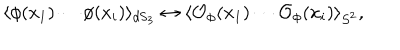
\langle \phi ( x _ { 1 } ) \cdots \phi ( x _ { i } ) \rangle _ { \mathrm { d S } _ { 3 } } \leftrightarrow \langle { \cal { O } } _ { \phi } ( x _ { 1 } ) \cdots { \cal { O } } _ { \phi } ( x _ { i } ) \rangle _ { S ^ { 2 } } ,